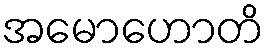
အမောဟောတိ